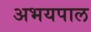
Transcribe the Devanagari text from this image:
अभयपाल